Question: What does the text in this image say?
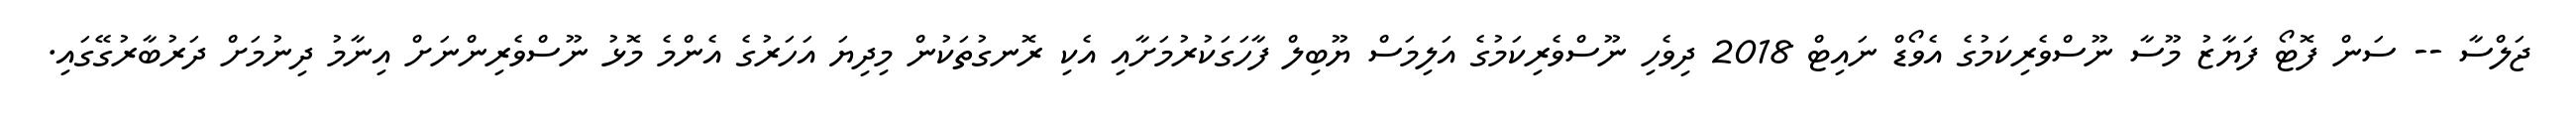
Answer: ޖަލްސާ -- ސަން ފޮޓޯ ފަޔާޒު މޫސާ ނޫސްވެރިކަމުގެ އެވޯޑް ނައިޓް 2018 ދިވެހި ނޫސްވެރިކަމުގެ އަލިމަސް ޔޫބިލް ފާހަގަކުރުމަށާއި އެކި ރޮނގުތަކުން މިދިޔަ އަހަރުގެ އެންމެ މޮޅު ނޫސްވެރިންނަށް އިނާމު ދިނުމަށް ދަރުބާރުގޭގައި.